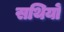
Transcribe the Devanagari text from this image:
सथियों